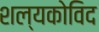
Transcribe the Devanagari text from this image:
शल्यकोविद